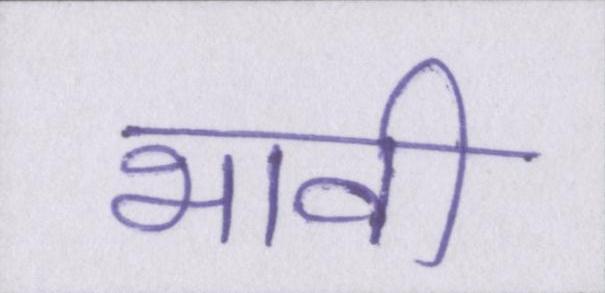
भावी